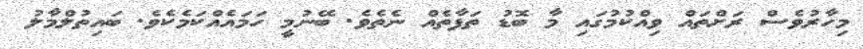
މިހާރުވެސް ރަށްތައް ވިއްކުމުގައި މާ ބޮޑު ތަފާތެއް ނެތެވެ. ބޭނުމީ ހަމައެއްކަމެކެވެ. ބައިތުލްމާލު